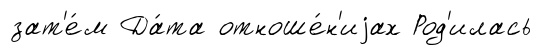
зат'е́м Да́та отноше́н'иjах Род'илась